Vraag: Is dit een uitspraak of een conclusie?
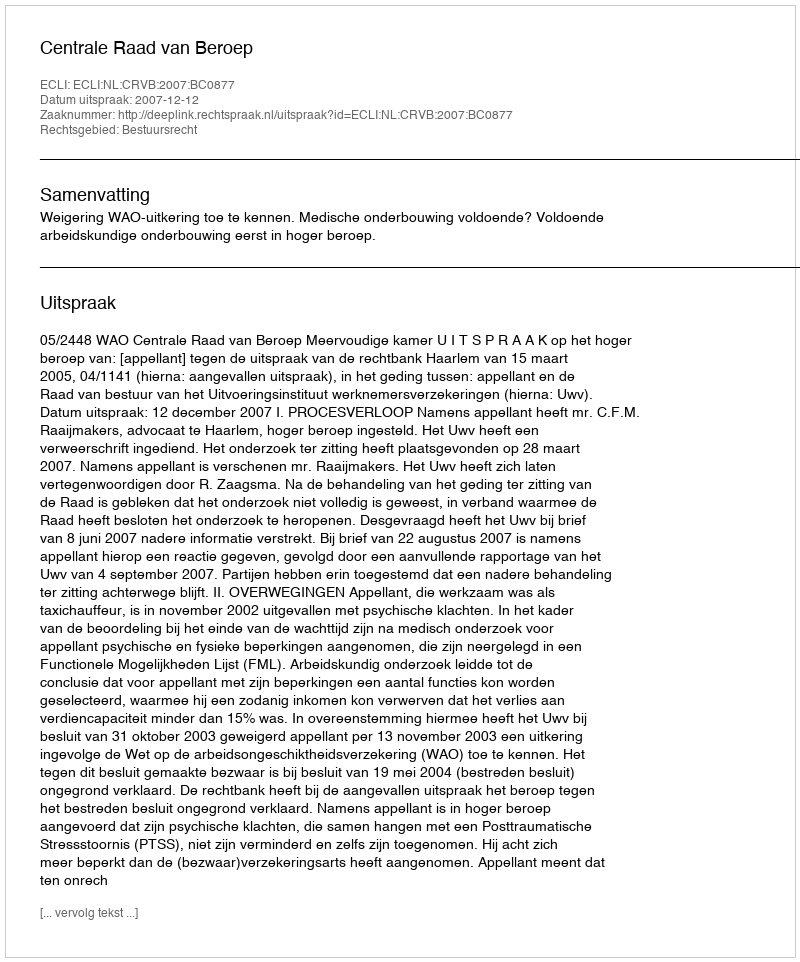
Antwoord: Uitspraak